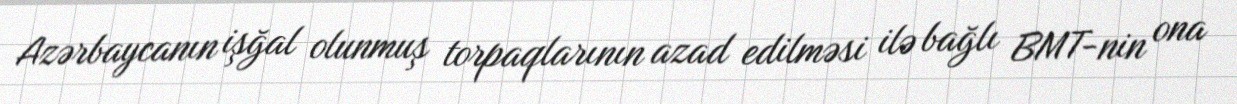
Azərbaycanın işğal olunmuş torpaqlarının azad edilməsi ilə bağlı BMT-nin ona